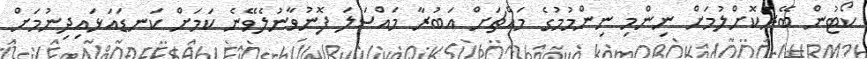
ކޯޓުން ބޭރުކޮށްލުމަށް ނިންމި ނިންމުމުގެ މައްޗަށް އަބުރާ މައްސަަލަ ފޮނުވާނުލެވޭނެ ކަމަށް ކަނޑައަޅައިދިނުމަށް